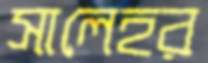
সালেহর